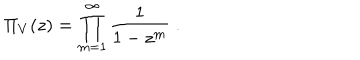
LaTeX: \Pi _ { V } ^ { } ( z ) = \prod _ { m = 1 } ^ { \infty } \frac { 1 } { 1 - z ^ { m } } \; .